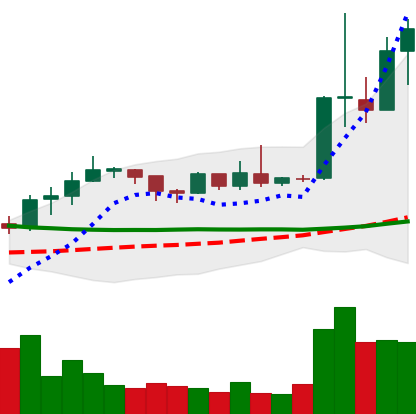
Ticker: ETC-USD
Chart end date: 2019-04-06
Forward return: 4.972%
Label: up_3_5